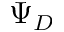
\Psi _ { D }